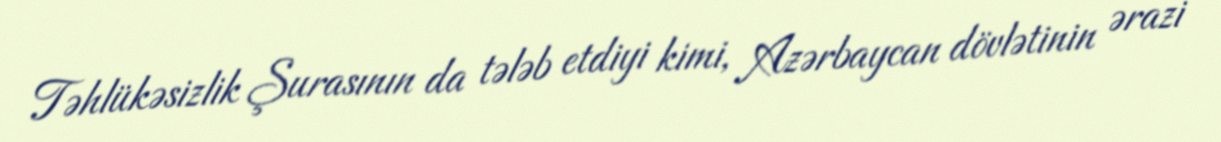
Təhlükəsizlik Şurasının da tələb etdiyi kimi, Azərbaycan dövlətinin ərazi